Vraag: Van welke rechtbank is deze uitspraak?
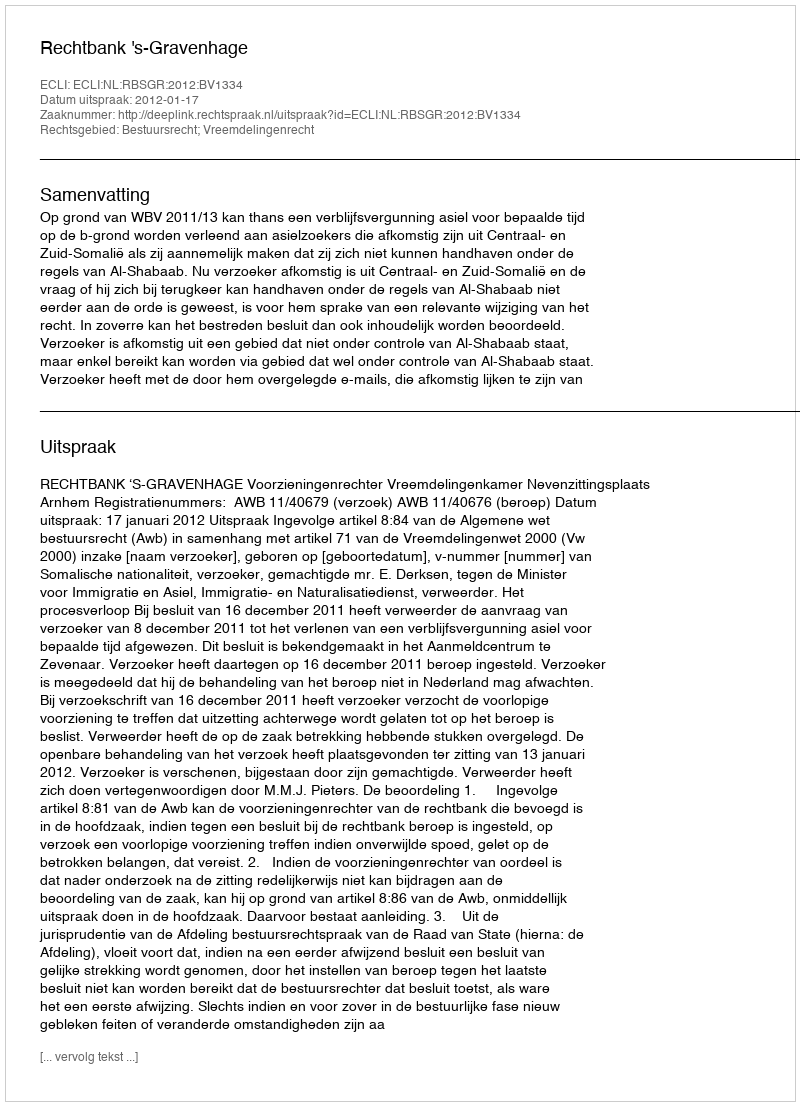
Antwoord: Rechtbank 's-Gravenhage